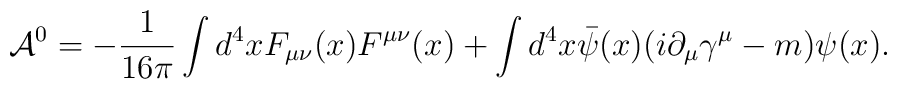
{\cal A}^0 = -\frac{1}{16 \pi} \int d^4x F_{\mu\nu}(x) F^{\mu\nu}(x)   +\int d^4x {\bar \psi}(x) (i \partial_\mu \gamma^\mu - m) \psi(x).